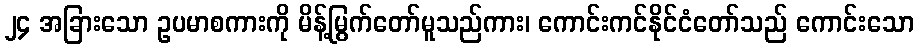
၂၄ အခြားသော ဥပမာစကားကို မိန့်မြွက်တော်မူသည်ကား၊ ကောင်းကင်နိုင်ငံတော်သည် ကောင်းသော